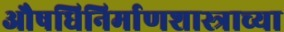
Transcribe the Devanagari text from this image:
औषधिनिर्माणशास्त्राच्या